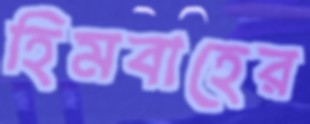
হিমবাহের